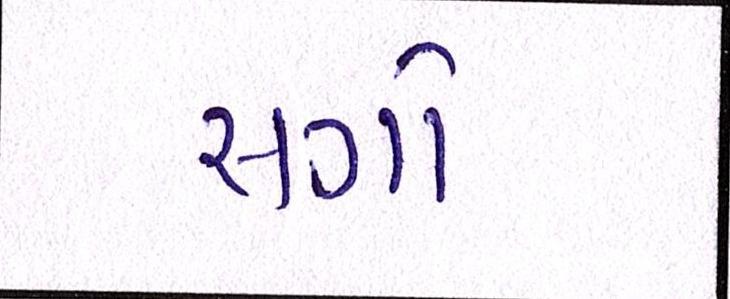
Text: સગો